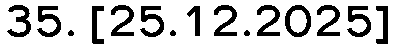
35. [25.12.2025]